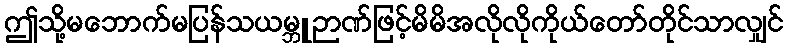
ဤသို့မဘောက်မပြန်သယမ္ဘူဉာဏ်ဖြင့်မိမိအလိုလိုကိုယ်တော်တိုင်သာလျှင်